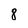
Character: 8